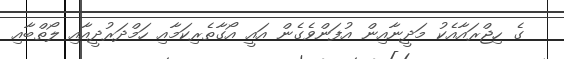
ގެ ހިޖްރައާއެކު މަދީނާއިން އުފަންވެގެން އައީ އޯގާތެރިކަމާއި ހަމްދަރުދީއާއި ލޯތްބާއި